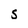
Character: s